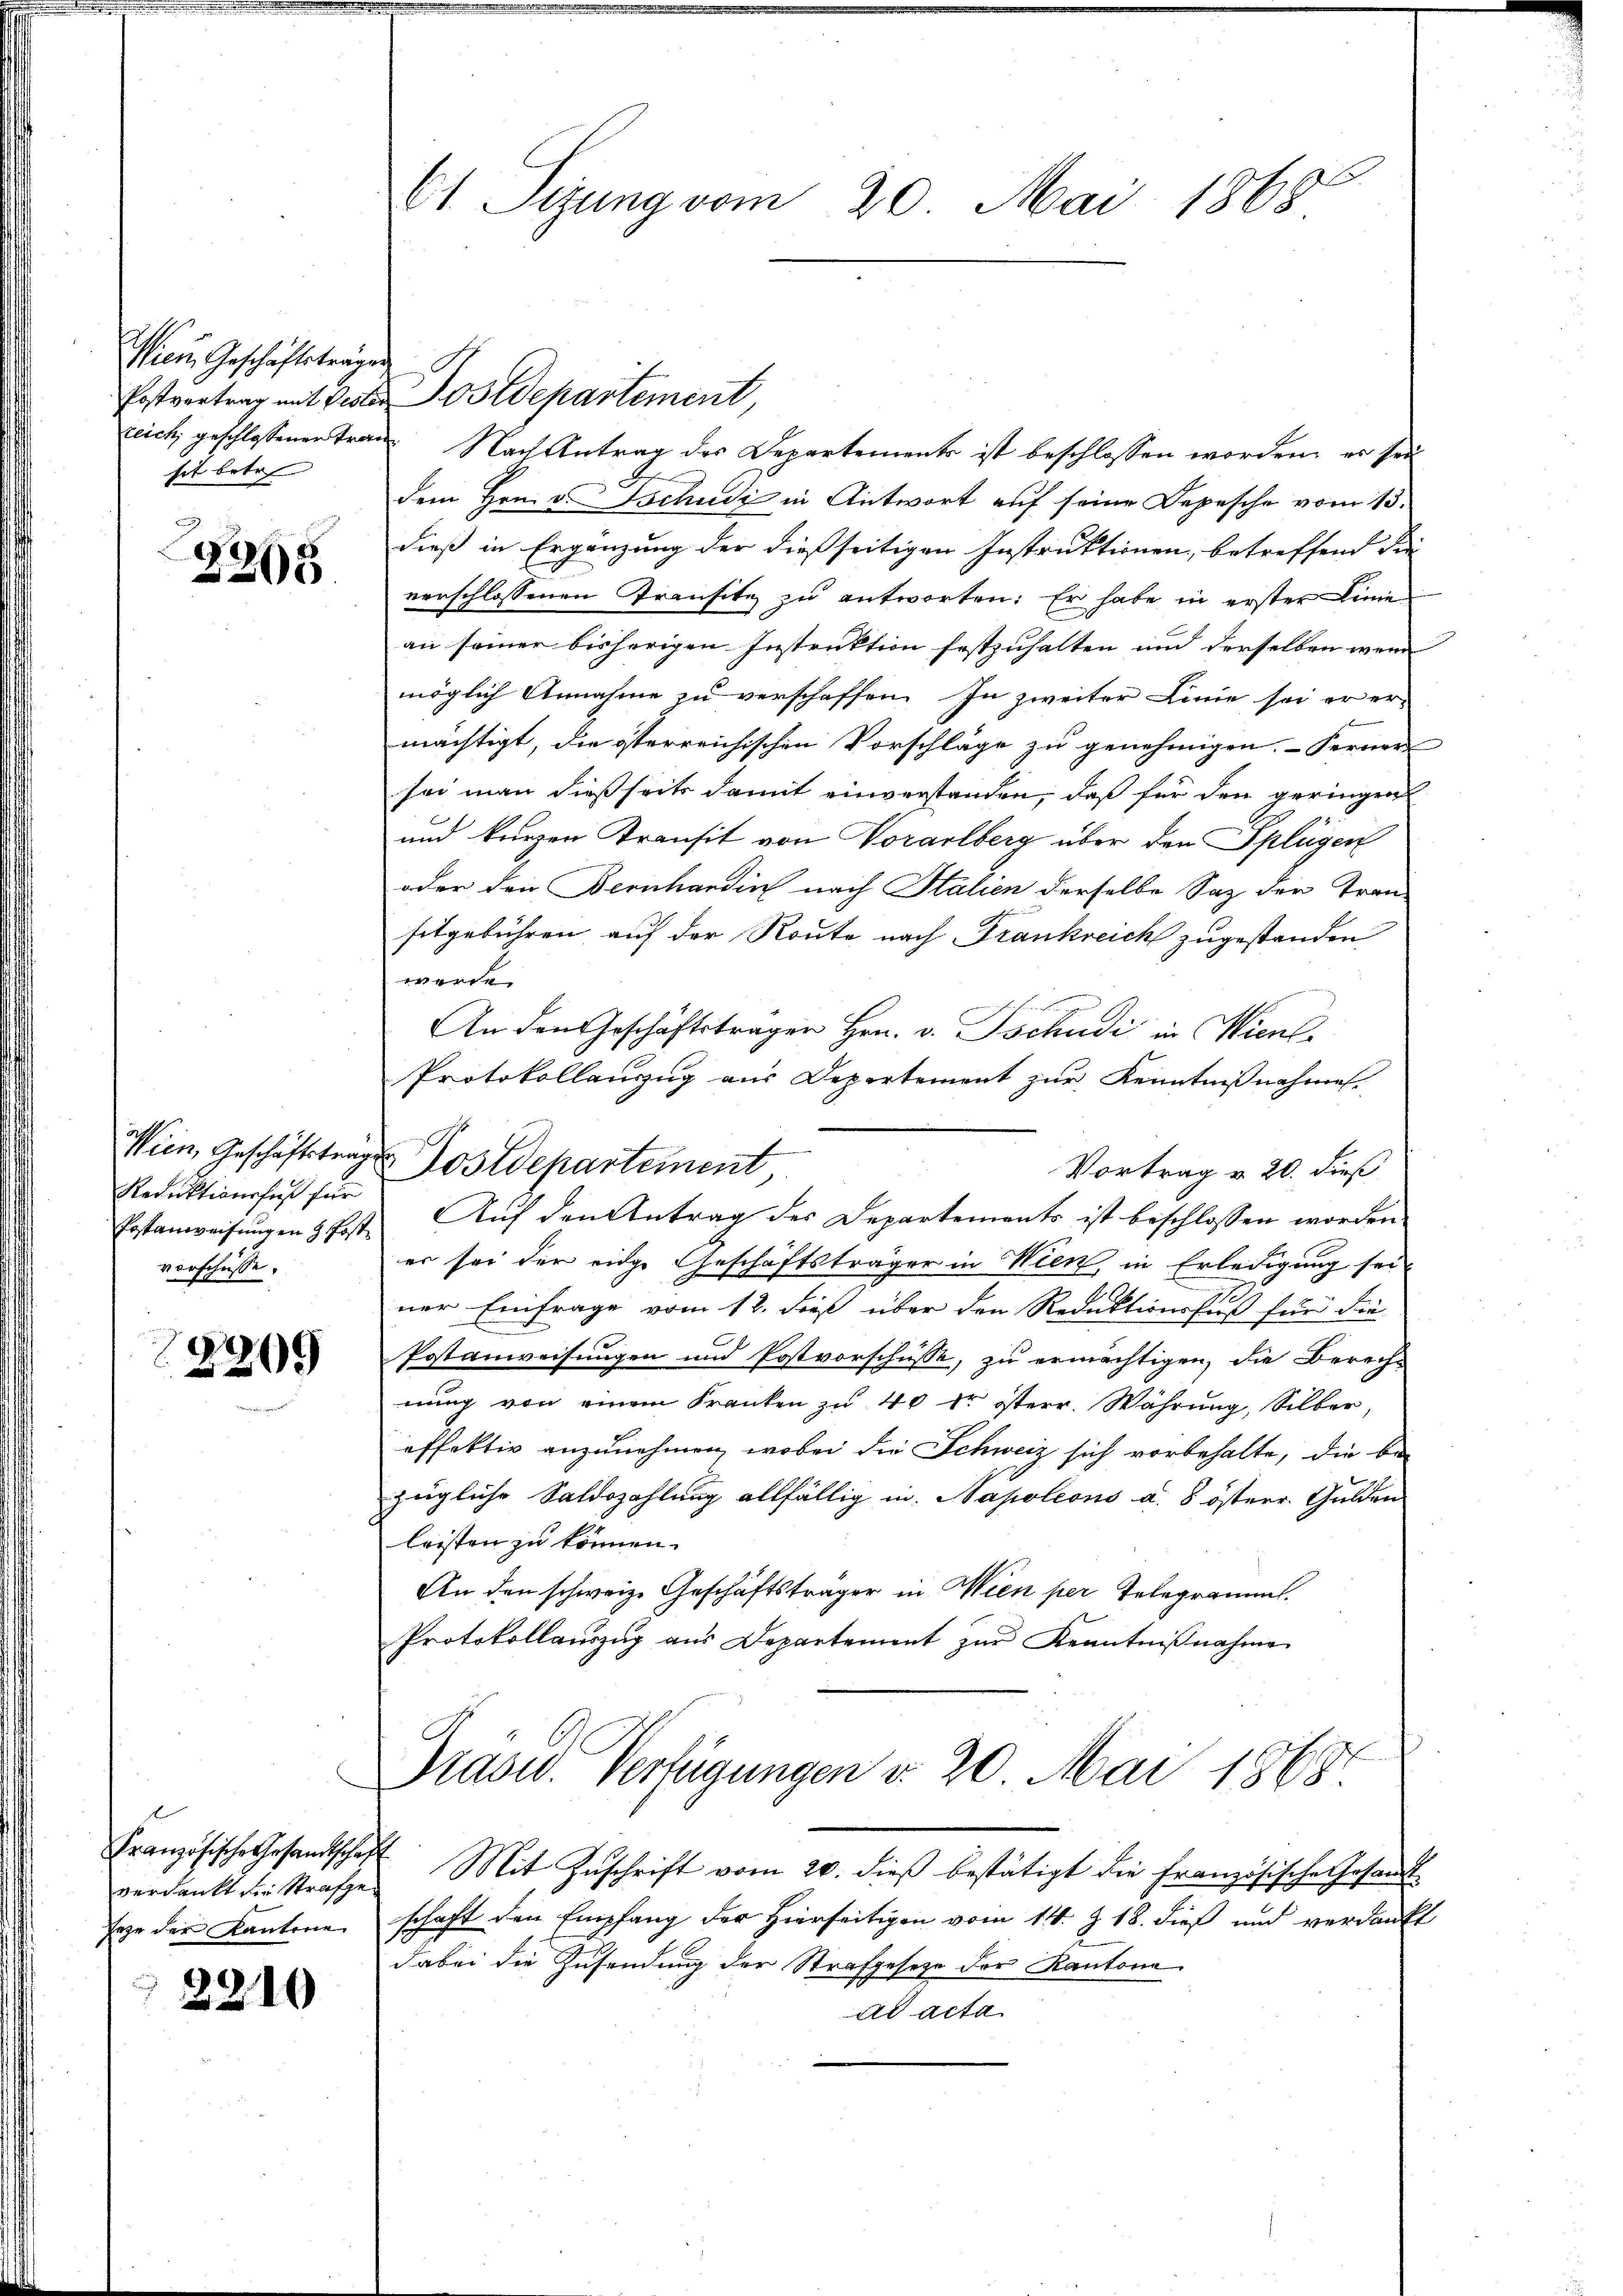
Wien Geschäftsträgen
sit betr.

2205

Reduktionsfuß für
vorschüsse.

1
520.

verdankt die Strafze
seze der Kantone

2210

61 Sizung vom 20. Mai 1868

reich geschlossenen Trau Nach Antrag des Departements ist beschlossen worden, er sei
dem Hrn. v. Tschudi in Antwort auf seine Depesche vom 13.
dieß in Ergänzung der dießseitigen Instruktionen, betreffend die
verschlossenen Transitz zu antworten: Er habe in erster Linie
an seiner bisherigen Instruktion festzuhalten und derselben wenn |
möglich Annahme zu verschaffen. In zweiter Linie sei er er-
mächtigt, die österreichischen Vorschläge zu genehmigen. Ferner
sei man dießseits damit einverstanden, daß für den geringen
und kurzen Transit von Vorarlberg über den Splügen
oder den Bernhardin nach Italien derselbe Saz der Tran-
sitgebühren auf der Route nach Frankreich zugestanden
werde.
An den Geschäftsträger Hrn. v. Tschudi in Wienl
Protokollauszug aus Departement zur Kenntnißnahmen.
Vortrag v. 20. dieß
Erstanweisungen 5 Post. Auf den Antrag des Departements ist beschlossen worden
er sei der eige Geschäftsträger in Wien, in Erledigung sei
7
ner Einfrage vom 12. dieß über den Reduktionsfuß für die
Postanweisungen und Postvorschüsse, zu ermächtigen, die Berech-
nung von einem Franken zu 40 kr österr. Währung, Silber,
effektiv anzunehmen, wobei die Schweiz sich vorbehalte, die be-
zügliche Saldozahlung allfällig in Napoleons a. 8 österr. Gulden
leisten zu können.
An den schweiz. Geschäftsträger in Wien per Telegramms.
Protokollauszug aus Departement zŭr Kenntniβnahme
Präsid. Verfügungen v. 20. Mai 1868.
Französische Gesandtschaft Mit Zŭschrift vom 20. dieβ bestätigt die Französische Gesandt-
schaft den Empfang der Hierseitigen vom 14. Z. 18. dieß und verdankt
dabei die Zusendung der Strafgesetze der Kantona
ad acta

Postvertrag mit Oester Ostdepartement,

Wien, Geschäftsträge Postdepartement